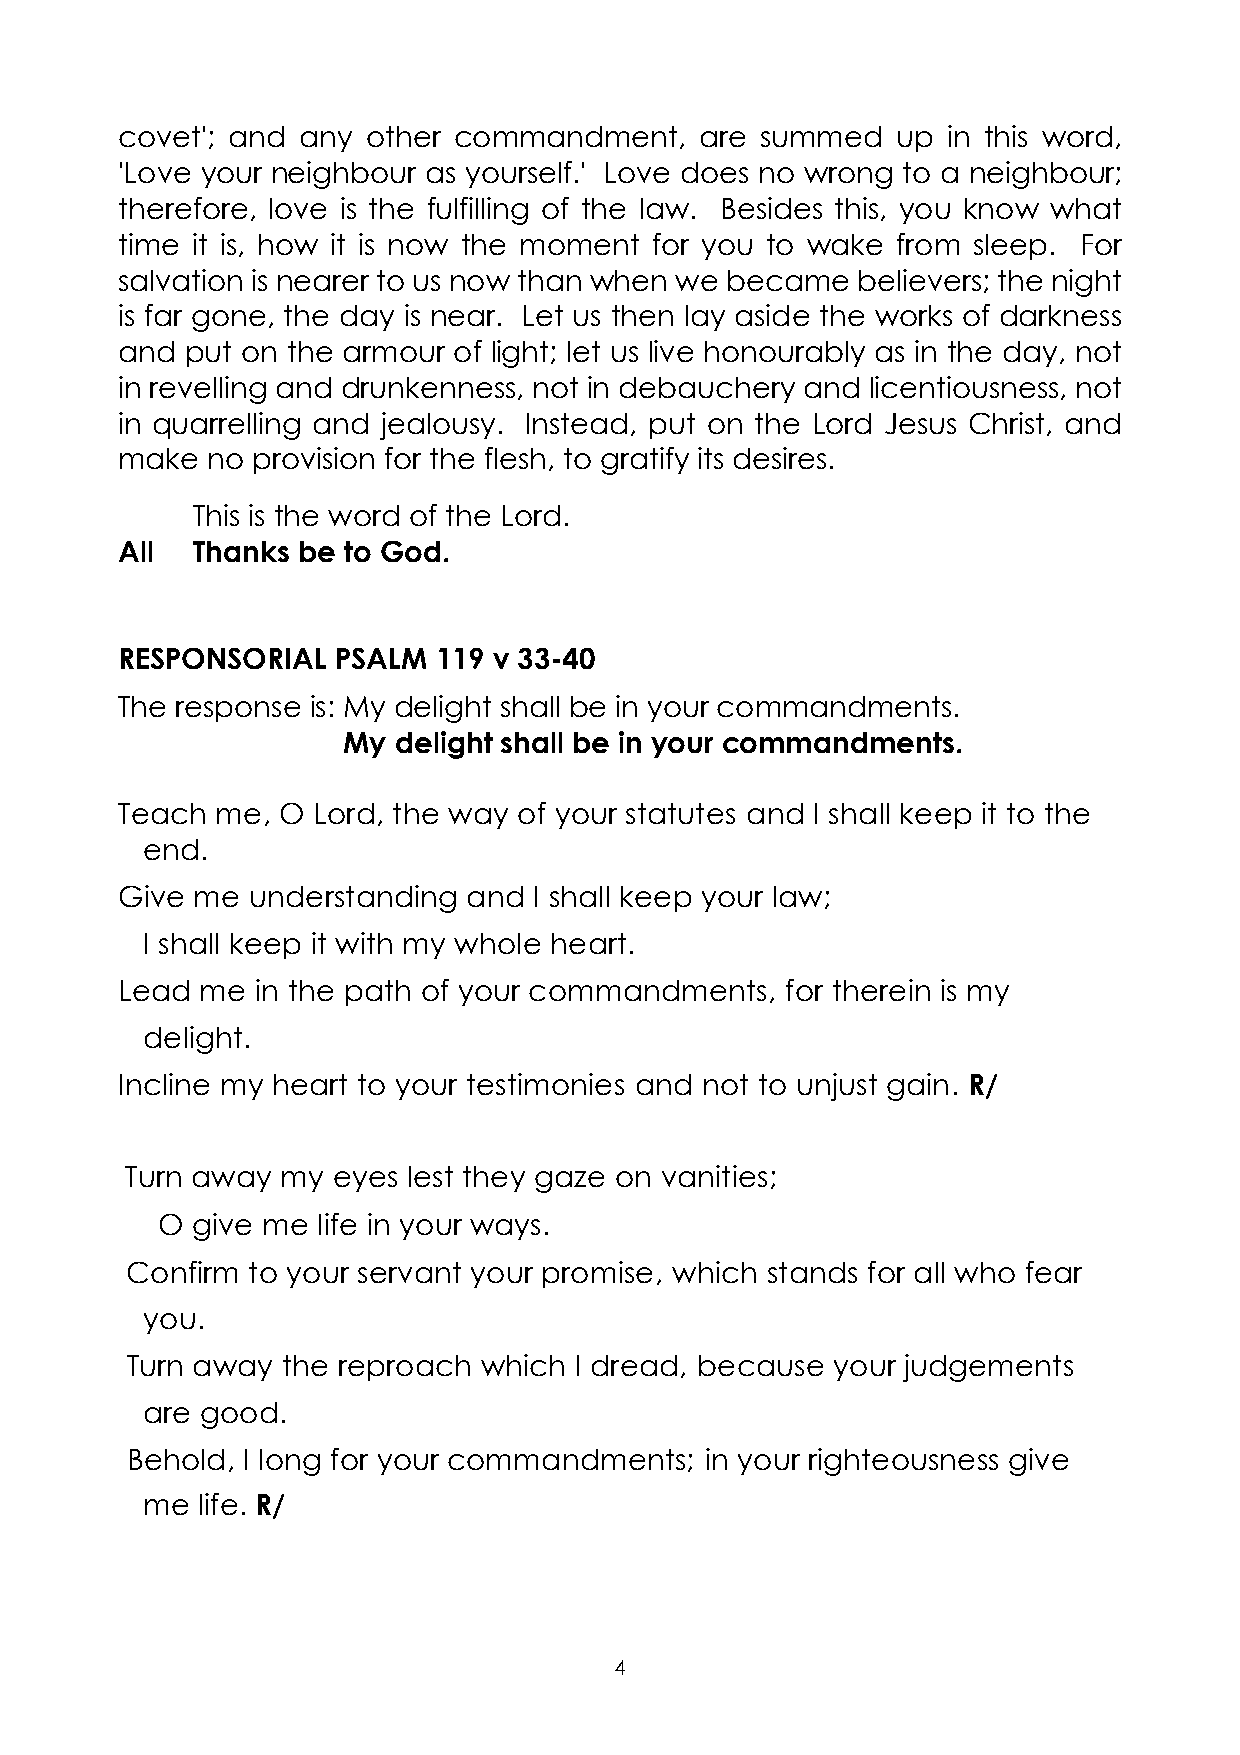
covet'; and any other commandment,    are summed   up  in this word,
 'Love your neighbour as yourself.' Love does no wrong to a neighbour;
 therefore, love is the fulfilling of the law. Besides this, you know what
 time it is, how it is now the moment for you to wake from sleep. For
 salvation is nearer to us now than when we became believers; the night
 is far gone, the day is near. Let us then lay aside the works of darkness
 and put on the armour of light; let us live honourably as in the day, not
 in revelling and drunkenness, not in debauchery and licentiousness, not
 in quarrelling and jealousy. Instead, put on the Lord Jesus Christ, and
 make  no provision for the flesh, to gratify its desires.
 This is the word of the Lord.
 All  Thanks be to God.
 RESPONSORIAL  PSALM  119 v 33-40
 The response is: My delight shall be in your commandments.
 My delight shall be in your commandments.
 Teach me, O  Lord, the way of your statutes and I shall keep it to the
 end.
 Give me understanding  and I shall keep your law;
 I shall keep it with my whole heart.
 Lead me  in the path of your commandments,  for therein is my
 delight.
 Incline my heart to your testimonies and not to unjust gain. R/
 Turn away  my eyes lest they gaze on vanities;
 O  give me life in your ways.
 Confirm to your servant your promise, which stands for all who fear
 you.
 Turn away  the reproach which I dread, because your judgements
 are good.
 Behold, I long for your commandments;  in your righteousness give
 me  life. R/
 4